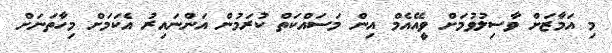
މި އަމާޒަށް ވާސިލުވުމަށް ވީއޭއެމް އިން މަސައްކަތް ކުރަމުން އަންނައިރު އެކަމަށް މިހާތަނަށް